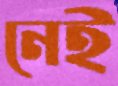
নেই